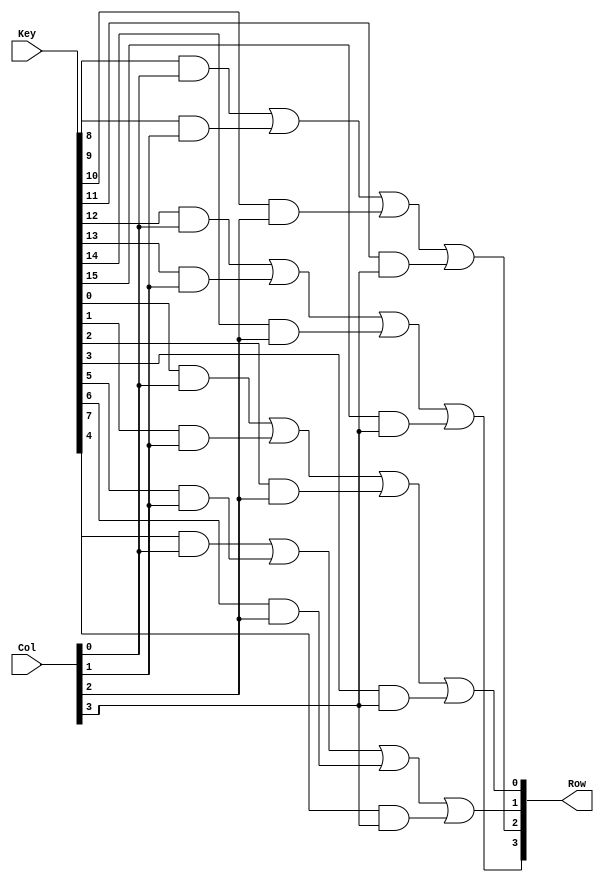
module Row_Signal(                                                //Scans for row of the asserted key
    input [15:0] Key,
    input [3:0] Col,
    output reg [3:0] Row
    );
    
    always @(Key or Col) begin                                  //Combinational logic for key assertion
    Row[0] =  Key[0] && Col[0] || Key[1] && Col[1] || Key[2] && Col[2] || Key[3] && Col[3];
    Row[1] =  Key[4] && Col[0] || Key[5] && Col[1] || Key[6] && Col[2] || Key[7] && Col[3];
    Row[2] =  Key[8] && Col[0] || Key[9] && Col[1] || Key[10] && Col[2] || Key[11] && Col[3];
    Row[3] =  Key[12] && Col[0] || Key[13] && Col[1] || Key[14] && Col[2] || Key[15] && Col[3];
    end

endmodule